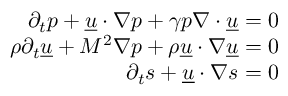
\begin{array} { r } { \partial _ { t } p + \underline { { u } } \ensuremath { \boldsymbol { \cdot } } \nabla p + \gamma p \nabla \ensuremath { \boldsymbol { \cdot } } \underline { { u } } = 0 } \\ { \rho \partial _ { t } \underline { { u } } + M ^ { \- 2 } \nabla p + \rho \underline { { u } } \ensuremath { \boldsymbol { \cdot } } \nabla \underline { { u } } = 0 } \\ { \partial _ { t } s + \underline { { u } } \ensuremath { \boldsymbol { \cdot } } \nabla s = 0 } \end{array}